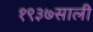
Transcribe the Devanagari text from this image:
१९३७साली